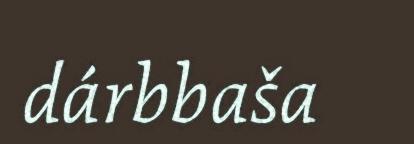
dárbbaša